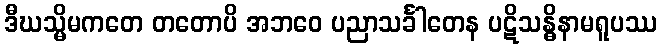
ဒီဃသ္မိမကတေ တတောပိ အဘဝေ ပညာသင်္ခါတေန ပဋိသန္ဓိနာမရူပဿ